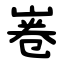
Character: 㟡